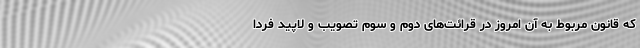
که قانون مربوط به آن امروز در قرائت‌های دوم و سوم تصویب و لاپید فردا